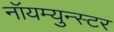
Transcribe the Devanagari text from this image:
नॉयम्युन्स्टर